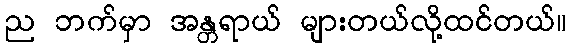
ည ဘက်မှာ အန္တရာယ် များတယ်လို့ထင်တယ်။